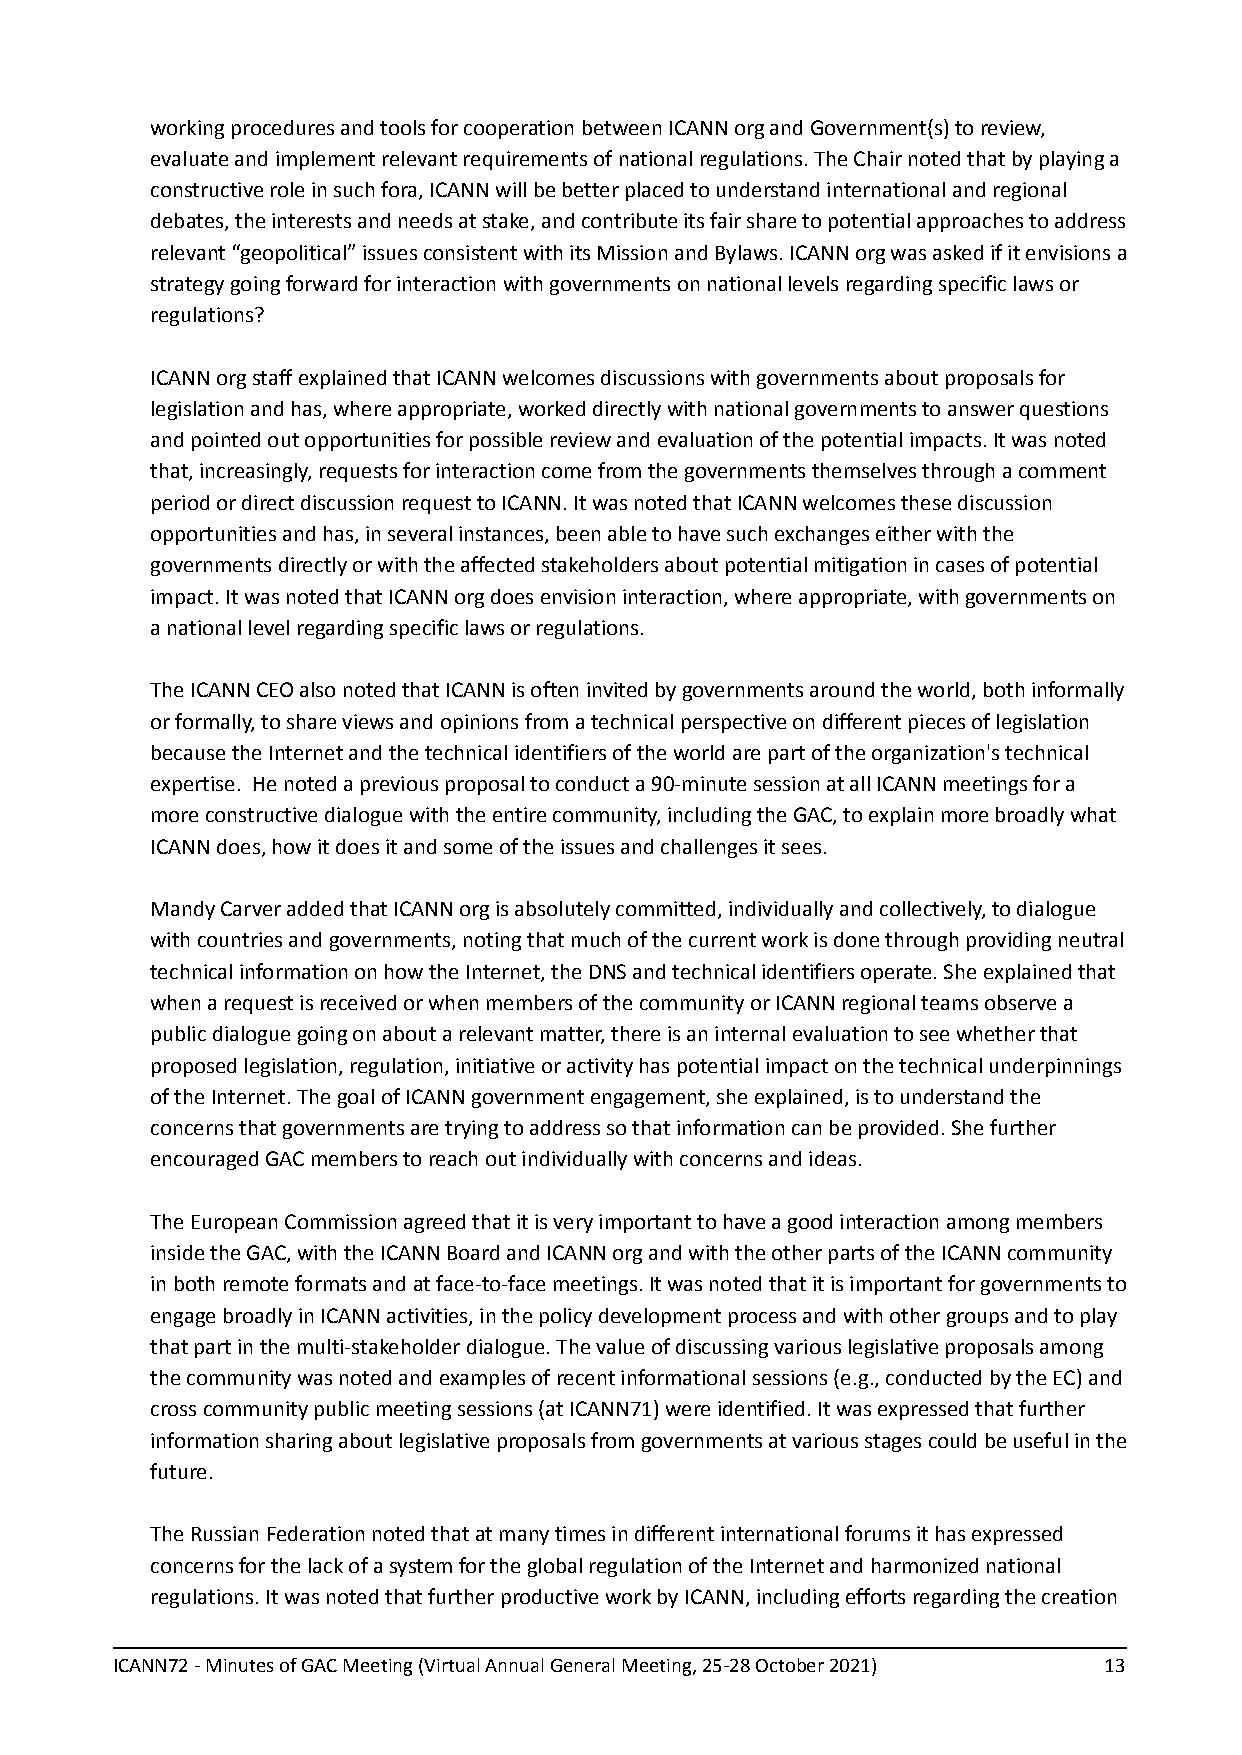
working procedures and tools for cooperation between ICANN org and Government(s) to review,
 evaluate and implement relevant requirements of national regulations. The Chair noted that by playing a
 constructive role in such fora, ICANN will be better placed to understand international and regional
 debates, the interests and needs at stake, and contribute its fair share to potential approaches to address
 relevant “geopolitical” issues consistent with its Mission and Bylaws. ICANN org was asked if it envisions a
 strategy going forward for interaction with governments on national levels regarding specific laws or
 regulations?
 ICANN org staff explained that ICANN welcomes discussions with governments about proposals for
 legislation and has, where appropriate, worked directly with national governments to answer questions
 and pointed out opportunities for possible review and evaluation of the potential impacts. It was noted
 that, increasingly, requests for interaction come from the governments themselves through a comment
 period or direct discussion request to ICANN. It was noted that ICANN welcomes these discussion
 opportunities and has, in several instances, been able to have such exchanges either with the
 governments directly or with the affected stakeholders about potential mitigation in cases of potential
 impact. It was noted that ICANN org does envision interaction, where appropriate, with governments on
 a national level regarding specific laws or regulations.
 The ICANN CEO also noted that ICANN is often invited by governments around the world, both informally
 or formally, to share views and opinions from a technical perspective on different pieces of legislation
 because the Internet and the technical identifiers of the world are part of the organization's technical
 expertise. He noted a previous proposal to conduct a 90-minute session at all ICANN meetings for a
 more constructive dialogue with the entire community, including the GAC, to explain more broadly what
 ICANN does, how it does it and some of the issues and challenges it sees.
 Mandy Carver added that ICANN org is absolutely committed, individually and collectively, to dialogue
 with countries and governments, noting that much of the current work is done through providing neutral
 technical information on how the Internet, the DNS and technical identifiers operate. She explained that
 when a request is received or when members of the community or ICANN regional teams observe a
 public dialogue going on about a relevant matter, there is an internal evaluation to see whether that
 proposed legislation, regulation, initiative or activity has potential impact on the technical underpinnings
 of the Internet. The goal of ICANN government engagement, she explained, is to understand the
 concerns that governments are trying to address so that information can be provided. She further
 encouraged GAC members to reach out individually with concerns and ideas.
 The European Commission agreed that it is very important to have a good interaction among members
 inside the GAC, with the ICANN Board and ICANN org and with the other parts of the ICANN community
 in both remote formats and at face-to-face meetings. It was noted that it is important for governments to
 engage broadly in ICANN activities, in the policy development process and with other groups and to play
 that part in the multi-stakeholder dialogue. The value of discussing various legislative proposals among
 the community was noted and examples of recent informational sessions (e.g., conducted by the EC) and
 cross community public meeting sessions (at ICANN71) were identified. It was expressed that further
 information sharing about legislative proposals from governments at various stages could be useful in the
 future.
 The Russian Federation noted that at many times in different international forums it has expressed
 concerns for the lack of a system for the global regulation of the Internet and harmonized national
 regulations. It was noted that further productive work by ICANN, including efforts regarding the creation
 ICANN72 - Minutes of GAC Meeting (Virtual Annual General Meeting, 25-28 October 2021) 13